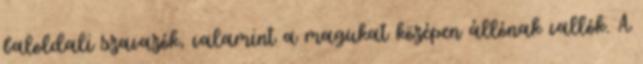
baloldali szavazók, valamint a magukat középen állónak vallók. A